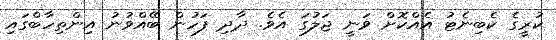
ކުރީގެ ކެބިނެޓު އެއްކޮށް ވަނީ ޖަލުގަ އެވެ. ދާދި ފަހުން ބޭއްވުނު އިންތިހާބްގައި